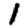
Digit: 1